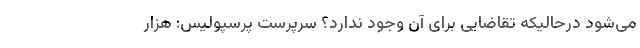
می‌شود درحالیکه تقاضایی برای آن وجود ندارد؟ سرپرست پرسپولیس: هزار